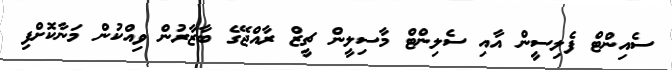
ސެއިންޓް ފެލިސީން އާއި ސެލިންޓް މާސިލީން ޗީޒް ރާއްޖޭގެ ބާޒާރުން ވިއްކުން މަނާކޮށްފި